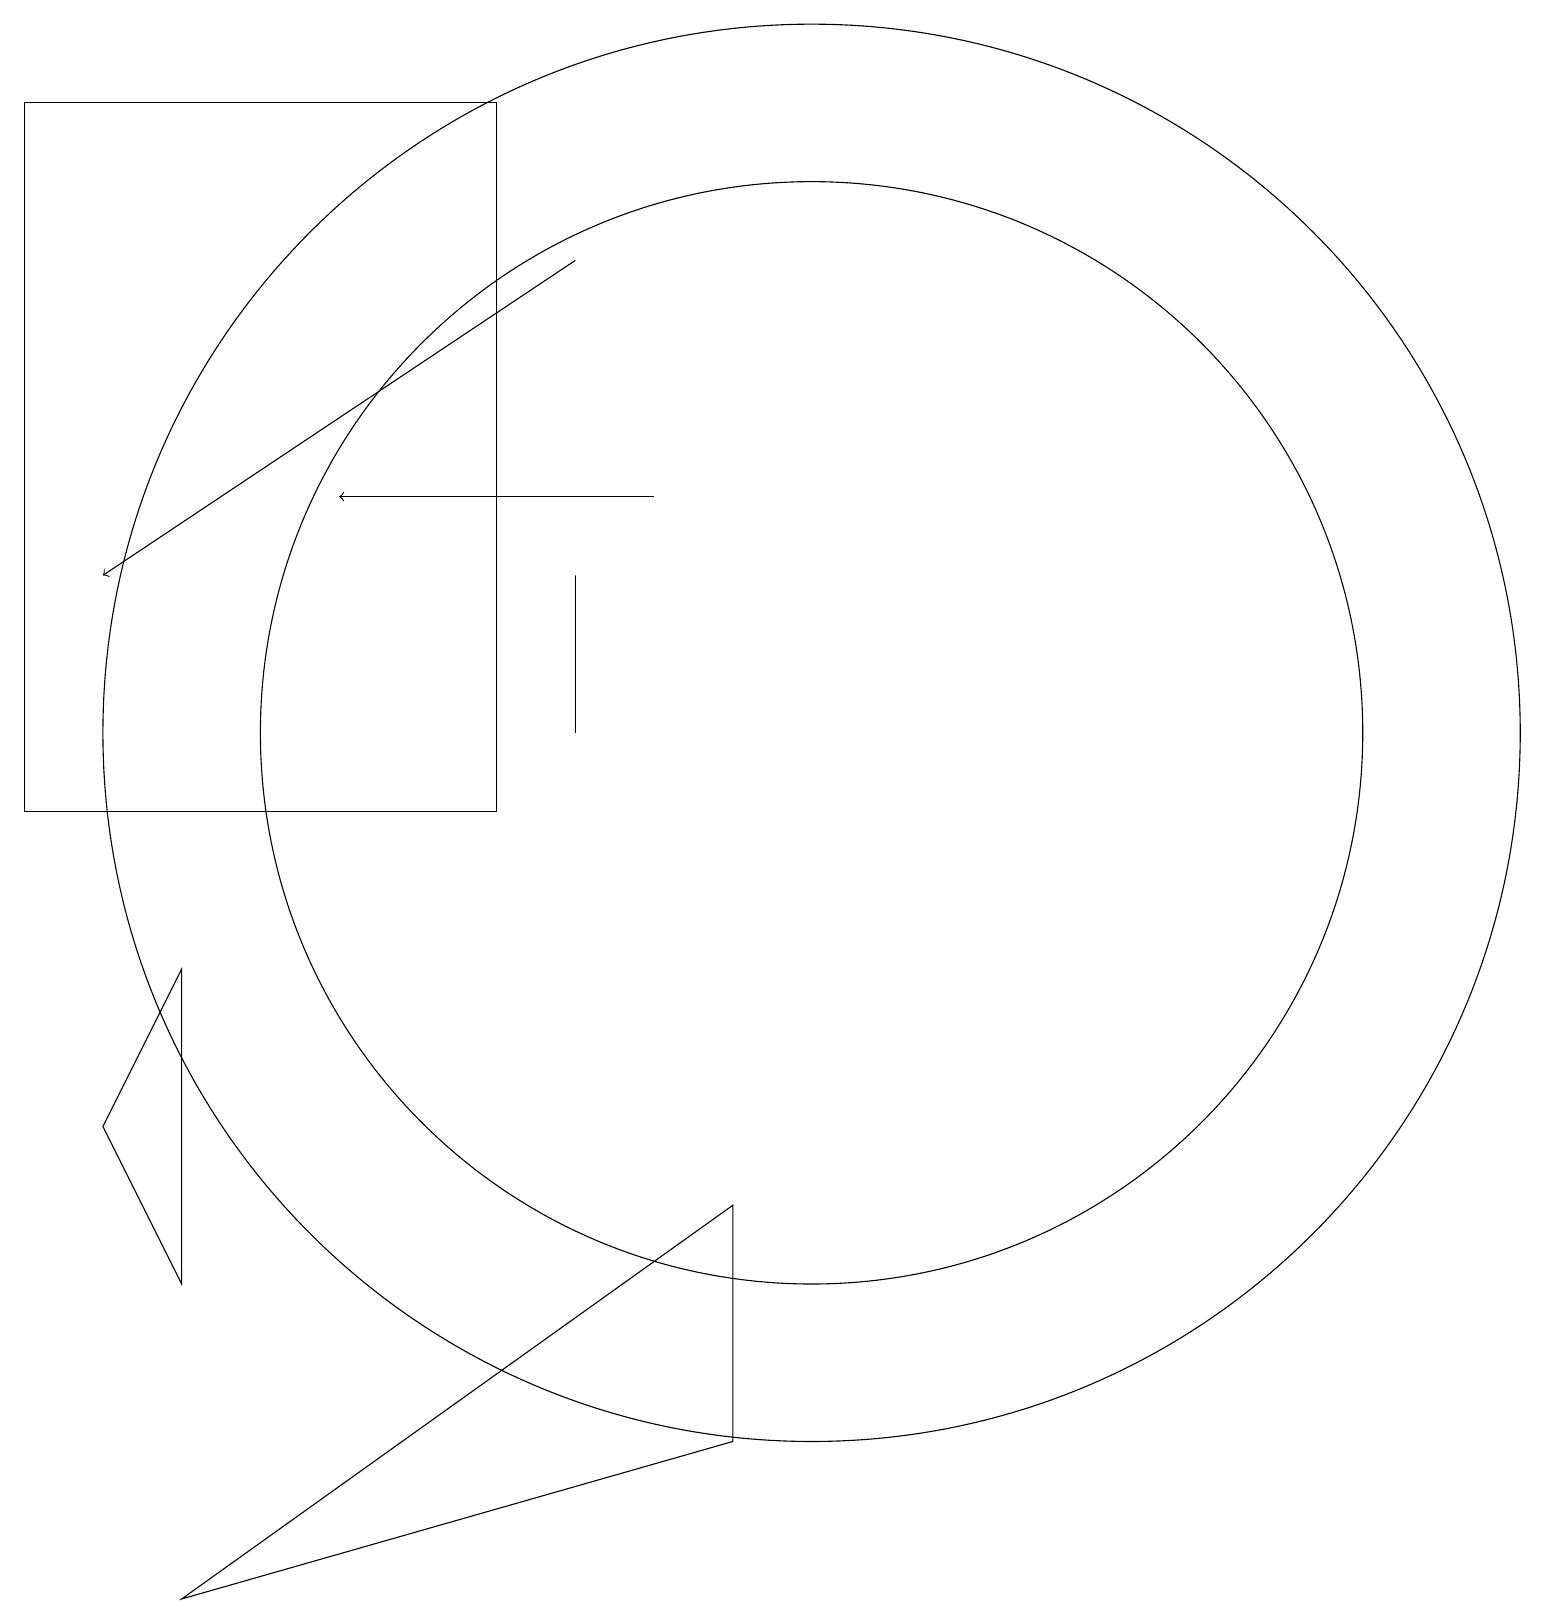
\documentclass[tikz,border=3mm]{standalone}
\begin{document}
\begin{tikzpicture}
\draw[->] (8,14) -- (4,14);
\draw (0,10) rectangle (6,19);
\draw[->] (7,17) -- (1,13);
\draw (2,8) -- (1,6) -- (2,4) -- cycle;
\draw (7,13) rectangle (7,11);
\draw (2,0) -- (9,2) -- (9,5) -- cycle;
\draw (10,11) circle (7);
\draw (10,11) circle (9);
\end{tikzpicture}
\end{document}